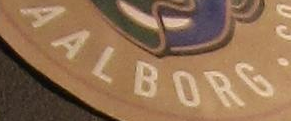
AALBORG